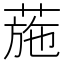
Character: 葹